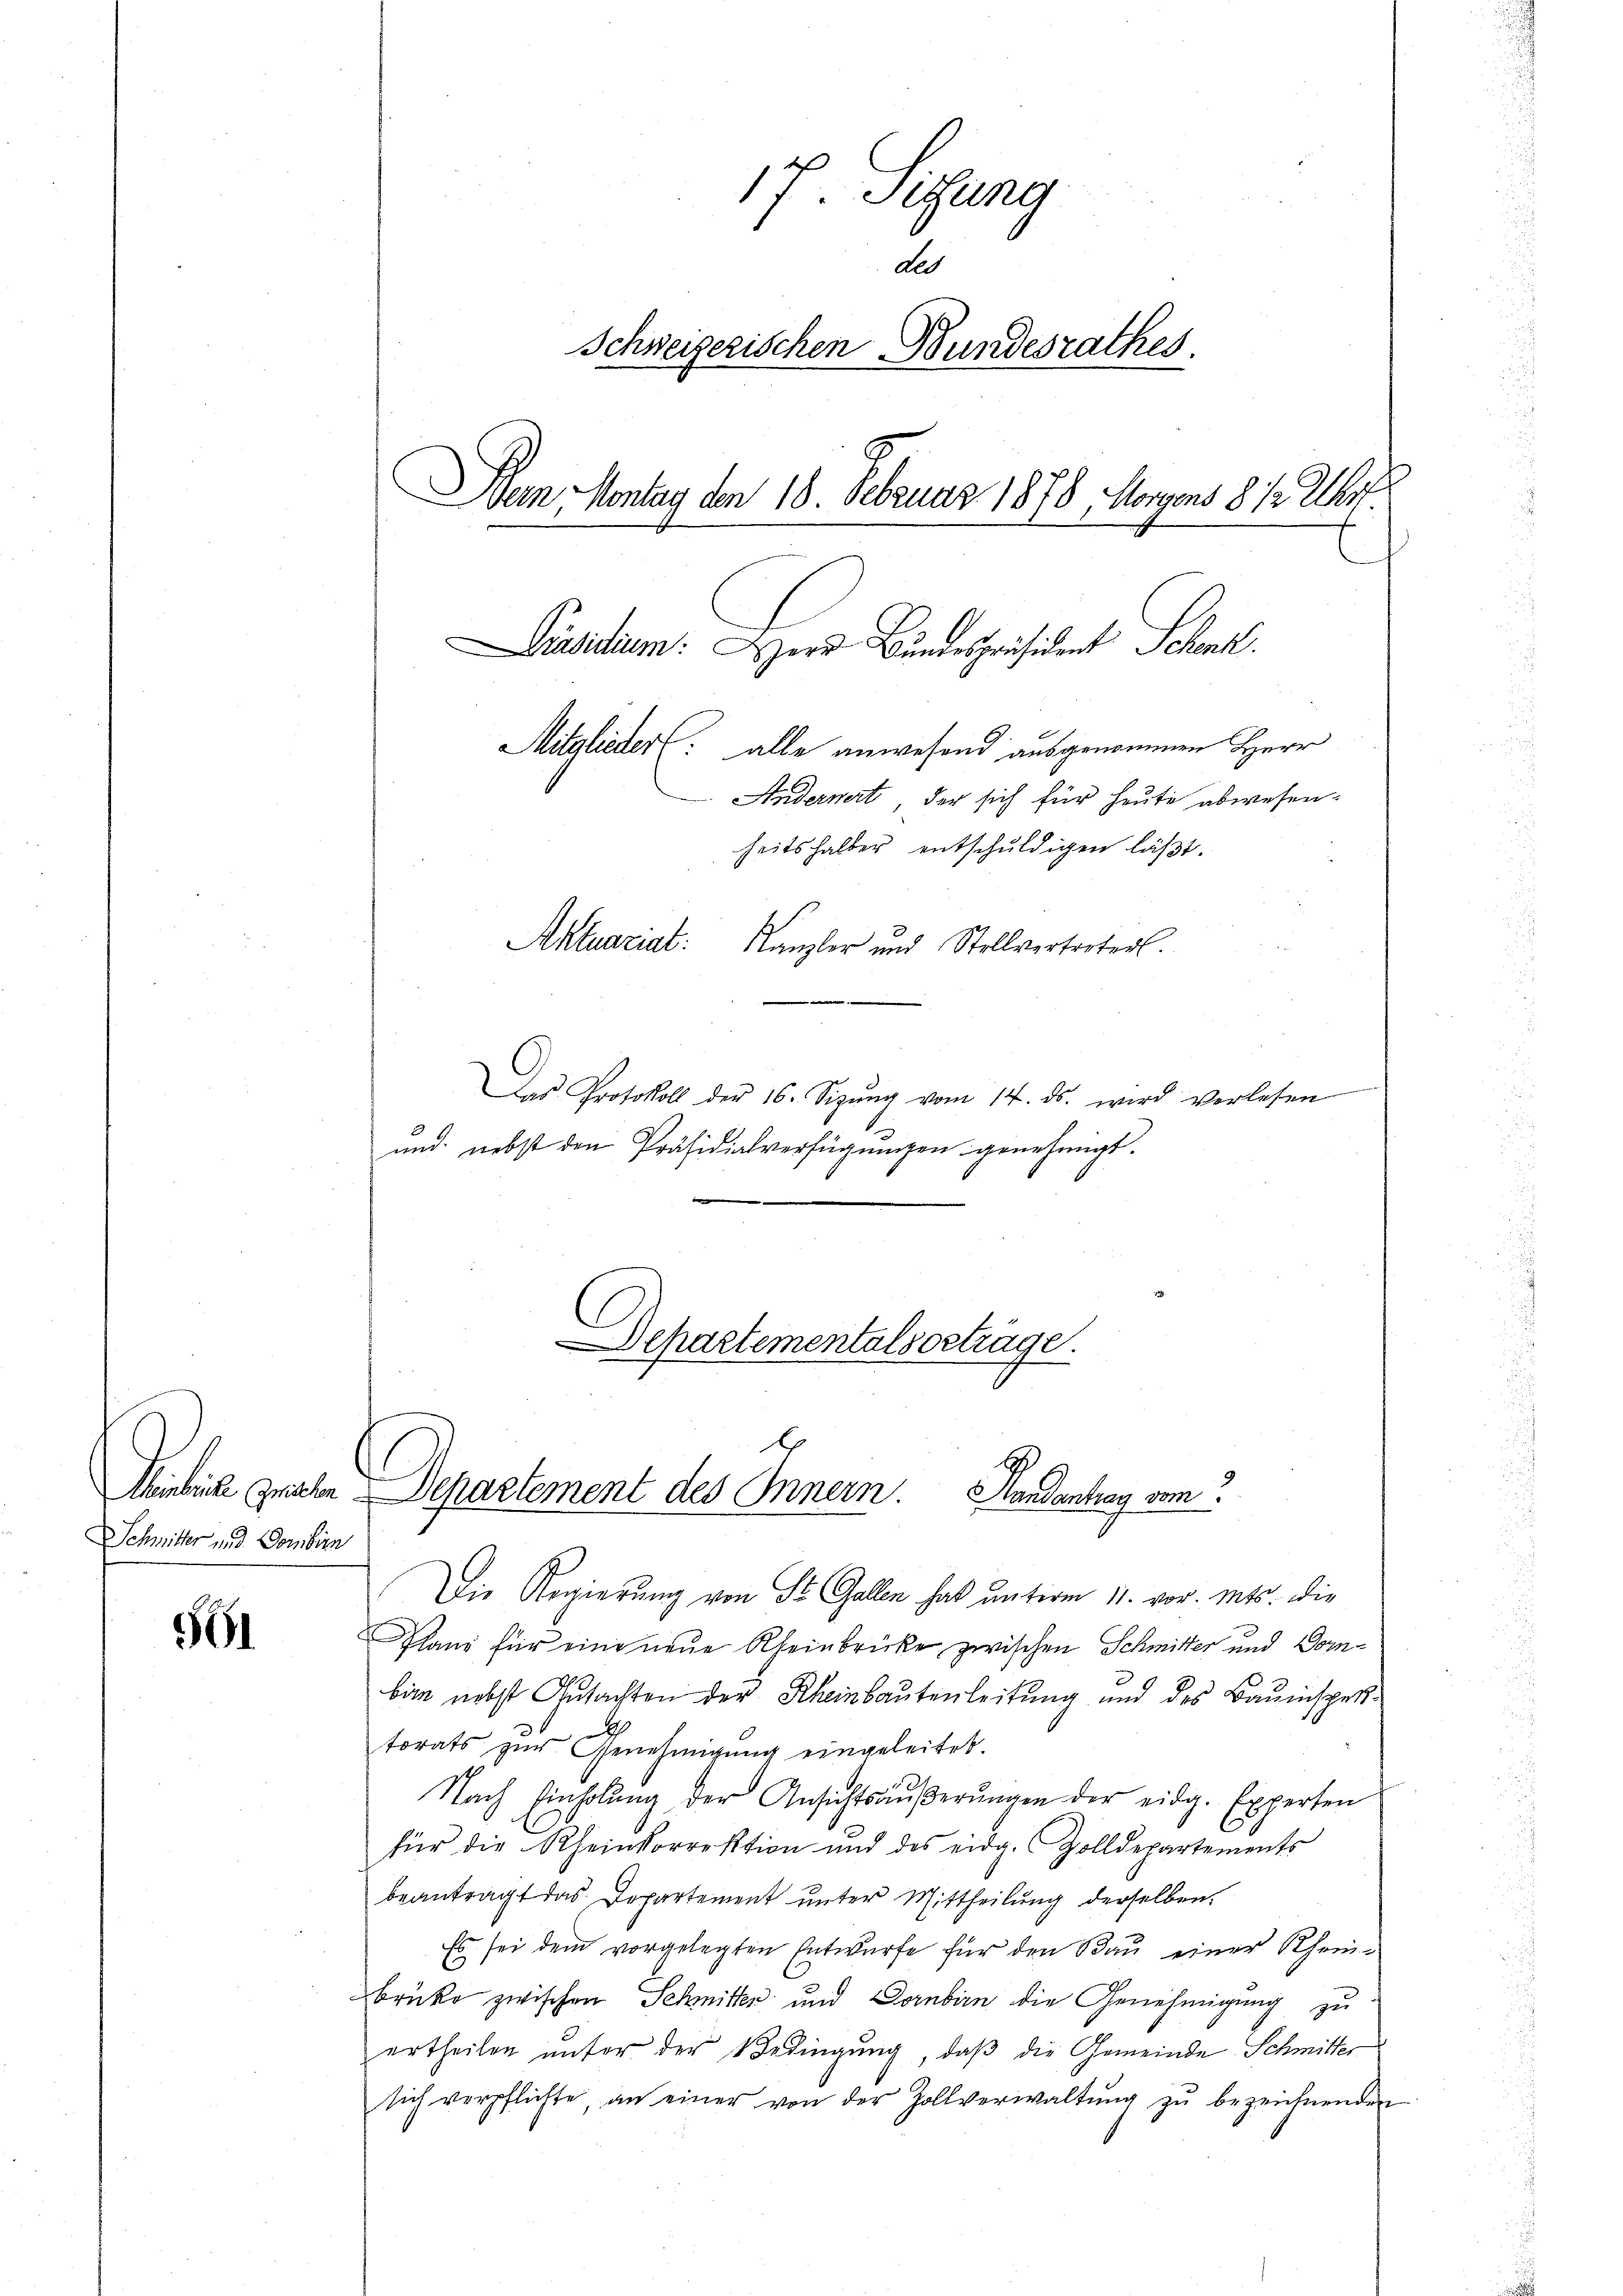
Schmitter und Dombin

¬

17 Sitzung
ded
Schweizerischen Bundesrathes
Dein Montag den 18. Februar 1878 Morgens 8 1/2 Uhr.
Präsidium: Herr Bundespräsident Schenk.
Mitglieder (: alle anwesend ausgenommen Herr
Andernert, der sich für heute abwesen.
heitshalber entschuldigen läßt.
Aktuariat:
Kanzler und Stellvertreterl.

Das Protokoll der 16. Sizŭng vom 14. ds. wird verlesen
und nebst den Präsidialverfügungen genehmigt.

Departementalsertrage.

Sentia grat Departement des Innern.
Hondantrag vom

Die Regierung von St. Gallen hat unterm 11. vor. Mts. die
lani für eine neue Rheinbrücke zwischen Schmitter und Dornbin nebst Gutachten der Kleinbautenleitung und des Bauinsper¬
2
torats zur Genehmigung eingeleitet.
Nach Einholŭng der Ansichtsäŭβerŭngen der eidg. Experten
für die Rheinkorrektion und des eidg. Zolldepartements
beantragt das Departement unter Mittheilung derselben,
Es sei dem vorgelegten Entwurfe für den Bau einer Rhein-
brüke zwischen Schmitter und Dornbirn die Genehmigung zu
ertheilen unter der Bedingung, daß die Gemeinde Schmitter
sich verpflichte, an einer von der Zollverwaltŭng zŭ bezeichnenden